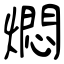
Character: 燜